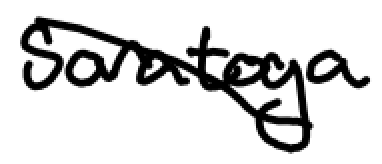
Text: Saratoga
Cross-out: diagonal
Writing tool: digital_black